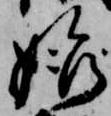
始